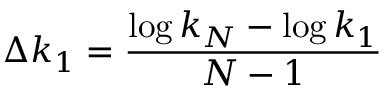
\Delta k _ { 1 } = \frac { \log k _ { N } - \log k _ { 1 } } { N - 1 }